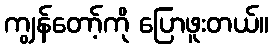
ကျွန်တော့်ကို ပြောဖူးတယ်။